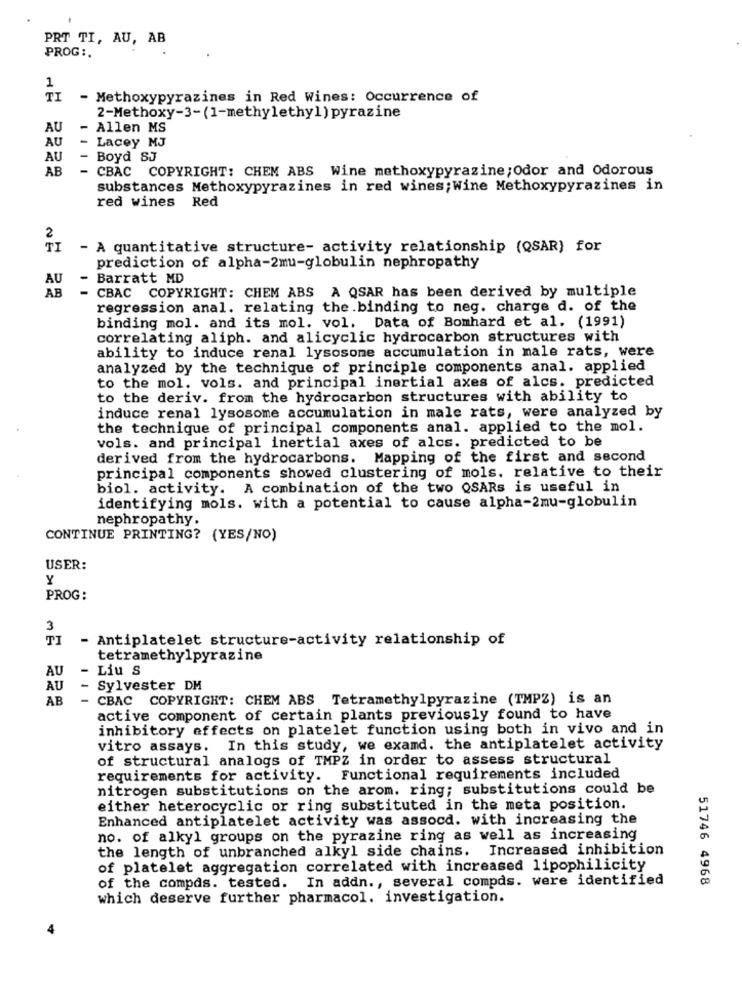
PRT TI, AU, AB
PROG :.
1
TI
- Methoxypyrazines in Red Wines: Occurrence of
2-Methoxy-3-(1-methylethyl) pyrazine
AU
- Allen MS
AU
- Lacey MJ
AU
- Boyd SJ
AB
- CBAC COPYRIGHT: CHEM ABS Wine methoxypyrazine; Odor and odorous
substances Methoxypyrazines in red wines; Wine Methoxypyrazines in
red wines Red
2
TI
- A quantitative structure- activity relationship (QSAR) for
prediction of alpha-2mu-globulin nephropathy
AU
Barratt MD
AB
- CBAC COPYRIGHT: CHEM ABS A QSAR has been derived by multiple
regression anal. relating the .binding to neg. charge d. of the
binding mol. and its mol. vol. Data of Bomhard et al. (1991)
correlating aliph. and alicyclic hydrocarbon structures with
ability to induce renal lysosome accumulation in male rats, were
analyzed by the technique of principle components anal. applied
to the mol. vols. and principal inertial axes of alcs. predicted
to the deriv. from the hydrocarbon structures with ability to
induce renal lysosome accumulation in male rats, were analyzed by
the technique of principal components anal. applied to the mol.
vols. and principal inertial axes of alcs. predicted to be
derived from the hydrocarbons. Mapping of the first and second
principal components showed clustering of mols. relative to their
biol. activity. A combination of the two QSARs is useful in
identifying mols. with a potential to cause alpha-2mu-globulin
nephropathy.
CONTINUE PRINTING? (YES/NO)
USER:
Y
PROG:
3
TI
- Antiplatelet structure-activity relationship of
tetramethylpyrazine
AU
-
Liu S
AU
Sylvester DM
AB
-
CBAC COPYRIGHT: CHEM ABS Tetramethylpyrazine (TMPZ) is an
active component of certain plants previously found to have
inhibitory effects on platelet function using both in vivo and in
vitro assays. In this study, we examd. the antiplatelet activity
of structural analogs of TMPZ in order to assess structural
requirements for activity. Functional requirements included
nitrogen substitutions on the arom. ring; substitutions could be
either heterocyclic or ring substituted in the meta position.
Enhanced antiplatelet activity was assocd. with increasing the
no. of alkyl groups on the pyrazine ring as well as increasing
the length of unbranched alkyl side chains. Increased inhibition
of platelet aggregation correlated with increased lipophilicity
of the compds. tested. In addn ., several compds. were identified
51746 4968
which deserve further pharmacol. investigation.